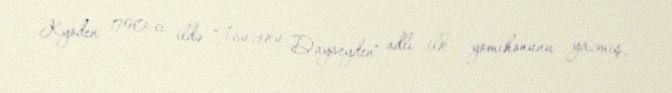
Kyoden 1790-cı ildə "Tsuzoku Dayseyden" adlı ilk yomihonunu yazmış,